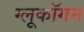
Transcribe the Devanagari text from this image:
ग्लूकॉगन